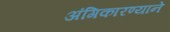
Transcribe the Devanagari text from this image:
अंगिकारण्याने